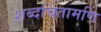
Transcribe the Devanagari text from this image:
शब्दचिंतामणि